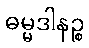
ဓမ္မဒါနဉ္စ